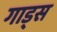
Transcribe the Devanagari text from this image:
गाड्स